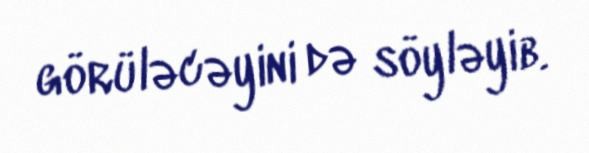
görüləcəyini də söyləyib.